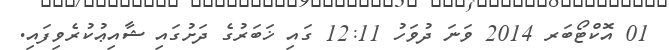
01 އޮކްޓޯބަރ 2014 ވަނަ ދުވަހު 12:11 ގައި ޚަބަރުގެ ދަށުގައި ޝާއިޢުކުރެވިފައި.